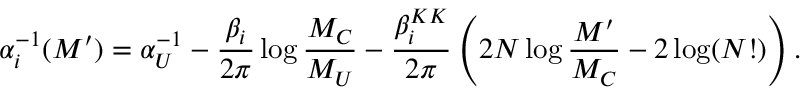
\alpha _ { i } ^ { - 1 } ( M ^ { \prime } ) = \alpha _ { U } ^ { - 1 } - \frac { \beta _ { i } } { 2 \pi } \log \frac { M _ { C } } { M _ { U } } - \frac { \beta _ { i } ^ { K K } } { 2 \pi } \left( 2 N \log \frac { M ^ { \prime } } { M _ { C } } - 2 \log ( N ! ) \right) .